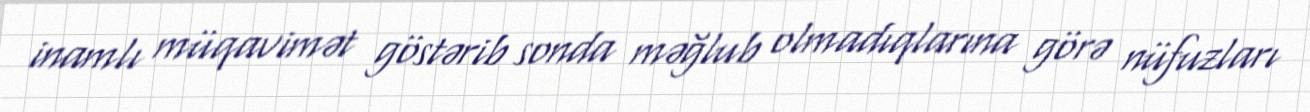
inamlı müqavimət göstərib sonda məğlub olmadıqlarına görə nüfuzları